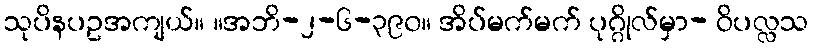
သုပိနပဥအကျယ်။ ။အဘိ-၂-၆-၃၉၀။ အိပ်မက်မက် ပုဂ္ဂိုလ်မှာ- ဝိပလ္လသ